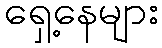
ရှေ့နေများ